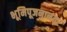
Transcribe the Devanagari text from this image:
भूमिपूजनानंतर